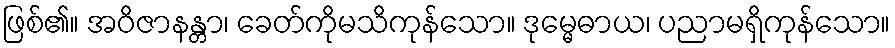
ဖြစ်၏။ အဝိဇာနန္တာ၊ ခေတ်ကိုမသိကုန်သော။ ဒုမ္မေဓာယ၊ ပညာမရှိကုန်သော။